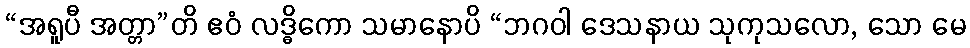
“အရူပီ အတ္တာ”တိ ဧဝံ လဒ္ဓိကော သမာနောပိ “ဘဂဝါ ဒေသနာယ သုကုသလော, သော မေ